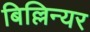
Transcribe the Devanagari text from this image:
बिल्लिन्यर